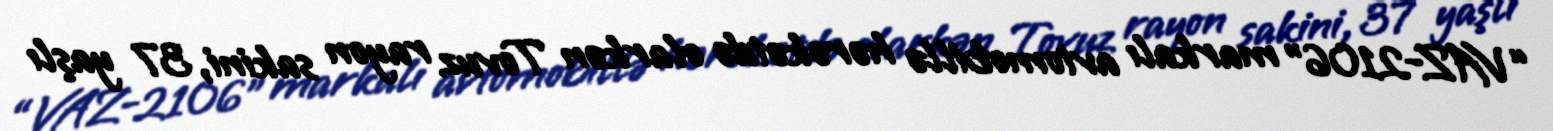
“VAZ-2106” markalı avtomobillə hərəkətdə olarkən Tovuz rayon sakini, 37 yaşlı